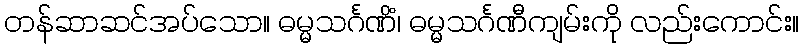
တန်ဆာဆင်အပ်သော။ ဓမ္မသင်္ဂဏိံ၊ ဓမ္မသင်္ဂဏီကျမ်းကို လည်းကောင်း။